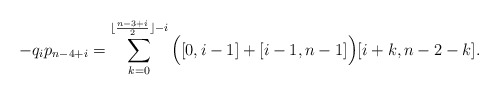
\begin{align*} -q_ip_{n-4+i} = \sum_{k=0}^{\lfloor \frac{n-3+i}{2} \rfloor -i} \Big( [0,i-1] + [i-1,n-1] \Big) [i+k,n-2-k].\end{align*}